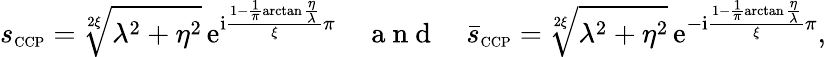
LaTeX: s_{\scriptscriptstyle{\mathrm{CCP}}}=\sqrt[2\xi]{\lambda^{2}+\eta^{2}}\, \mathrm{e}^{\mathrm{i}\frac{1-\frac{1}{\pi}\arctan\frac{\eta}{\lambda}}{\xi}\pi}\quad\mathrm{~a~n~d~}\quad\bar{s}_{\scriptscriptstyle{\mathrm{CCP}}}=\sqrt[2\xi]{\lambda^{2}+\eta^{2}}\, \mathrm{e}^{-\mathrm{i}\frac{1-\frac{1}{\pi}\arctan\frac{\eta}{\lambda}}{\xi}\pi},